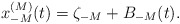
\begin{align*} x_{-M}^{(M)}(t)=\zeta_{-M}+B_{-M}(t).\end{align*}